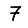
Digit: 7